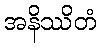
အနိဿိတံ